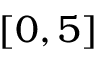
[ 0 , 5 ]